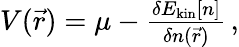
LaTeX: \begin{array}{r}{V(\vec{r})=\mu-\frac{\delta E_{\mathrm{kin}}[n]}{\delta n(\vec{r})}\, ,}\end{array}